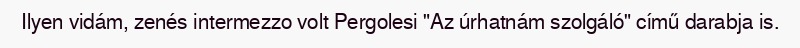
Ilyen vidám, zenés intermezzo volt Pergolesi "Az úrhatnám szolgáló" című darabja is.